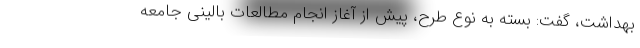
بهداشت، گفت: بسته به نوع طرح، پیش از آغاز انجام مطالعات بالینی جامعه